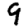
Digit: 9